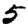
Digit: 5